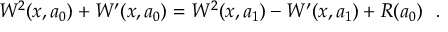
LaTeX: W ^ { 2 } ( x , a _ { 0 } ) + W ^ { \prime } ( x , a _ { 0 } ) = W ^ { 2 } ( x , a _ { 1 } ) - W ^ { \prime } ( x , a _ { 1 } ) + R ( a _ { 0 } ) ~ ~ .